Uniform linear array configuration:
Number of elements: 8
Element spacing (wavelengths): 0.5
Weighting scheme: uniform
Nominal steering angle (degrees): -30
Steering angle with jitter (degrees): -29.407
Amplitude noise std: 0.05
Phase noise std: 0.05

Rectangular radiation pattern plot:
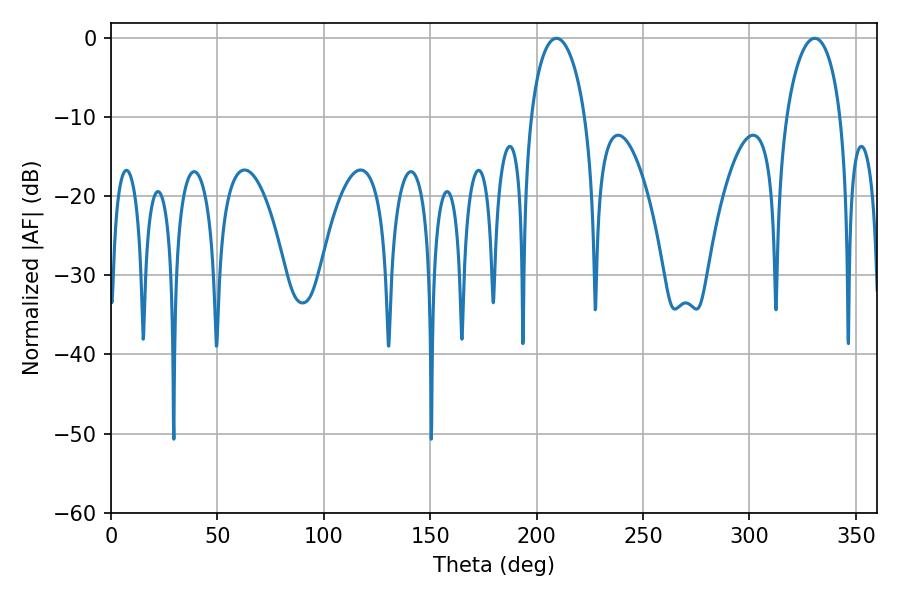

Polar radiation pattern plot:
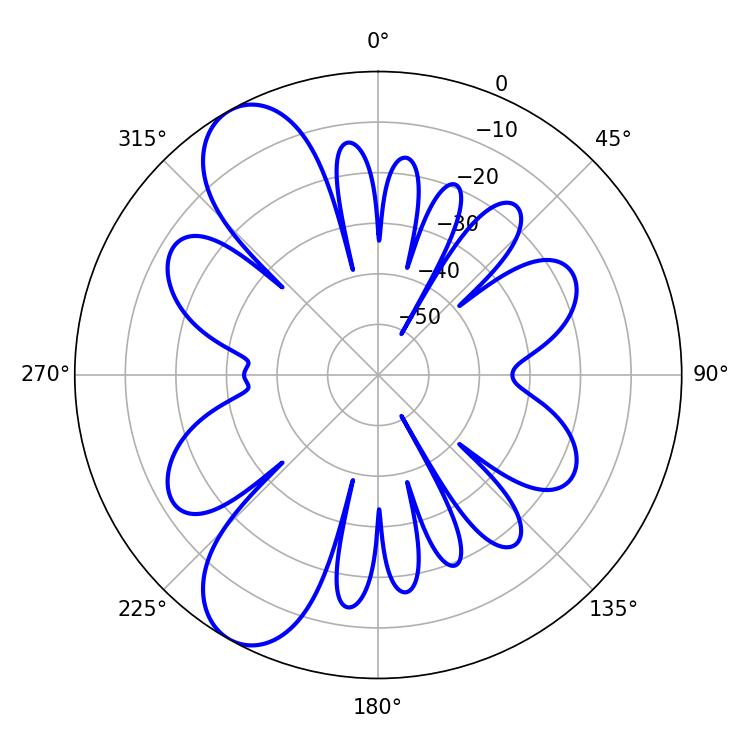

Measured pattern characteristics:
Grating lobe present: FALSE
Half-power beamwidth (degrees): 14.58
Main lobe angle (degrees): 209.34